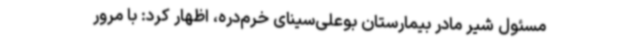
مسئول شیر مادر بیمارستان بوعلی‌سینای خرم‌دره، اظهار کرد: با مرور